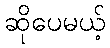
ဆိုပေမယ့်